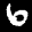
Label: 6